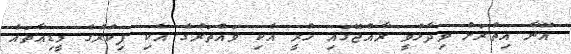
އޭނާ އިތުރަށް ވިދާޅުވީ ރާއްޖޭގައި ހުރީ އެކި ވައްތަރުގެ އެކި ފިކުރުގެ މީޑިއާތައް